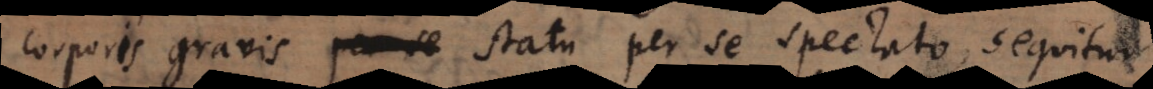
corporis gravis statu per se spectato, sequitur